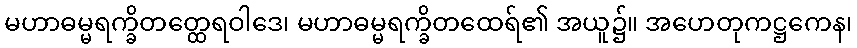
မဟာဓမ္မရက္ခိတတ္ထေရဝါဒေ၊ မဟာဓမ္မရက္ခိတထေရ်၏ အယူ၌။ အဟေတုကဋ္ဌကေန၊